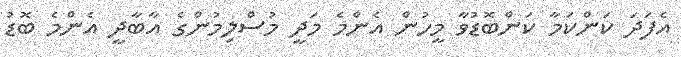
އެފަދަ ކަންކަމާ ކަންބޮޑުވާ މީހުން އެންމެ މަދީ މުސްލިމުންގެ އާބާދީ އެންމެ ބޮޑު